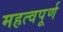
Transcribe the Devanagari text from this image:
महत्वपूर्ण